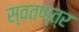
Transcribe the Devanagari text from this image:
स्वतण्त्र